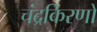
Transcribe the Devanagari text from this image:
चंद्रकिरणों